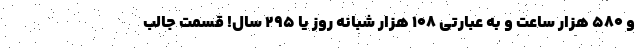
و ۵۸۰ هزار ساعت و به عبارتی ۱۰۸ هزار شبانه روز یا ۲۹۵ سال! قسمت جالب